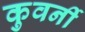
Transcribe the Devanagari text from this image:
कुवर्नी